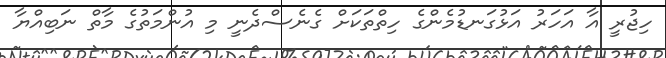
ހިޖުރީ އާ އަހަރު އަޅުގަނޑުމެންގެ ހިތްތަކަށް ގެނެސްދެނީ މި އުންމަތުގެ މާތް ނަބިއްޔާ